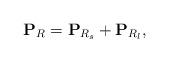
LaTeX: \begin{align*} \mathbf{P}_R = \mathbf{P}_{R_s} + \mathbf{P}_{R_l},\end{align*}